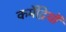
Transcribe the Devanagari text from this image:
कर्मेद्रियों